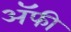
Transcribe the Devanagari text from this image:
अॅफी